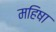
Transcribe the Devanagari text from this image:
महिषा